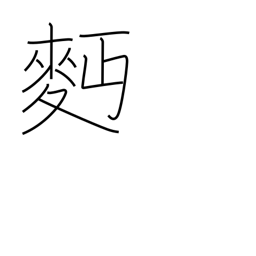
Meaning: wheat flour